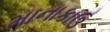
માનાકાઉ